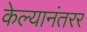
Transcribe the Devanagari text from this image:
केल्यानंतरर